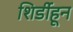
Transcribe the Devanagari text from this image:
शिर्डीहून